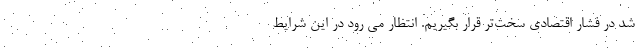
شد در فشار اقتصادی سخت‌تر قرار بگیریم. انتظار می رود در این شرایط